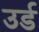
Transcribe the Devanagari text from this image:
उर्ड